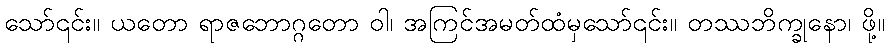
သော်၎င်း။ ယတော ရာဇဘောဂ္ဂတော ဝါ၊ အကြင်အမတ်ထံမှသော်၎င်း။ တဿဘိက္ခုနော၊ ဖို့။